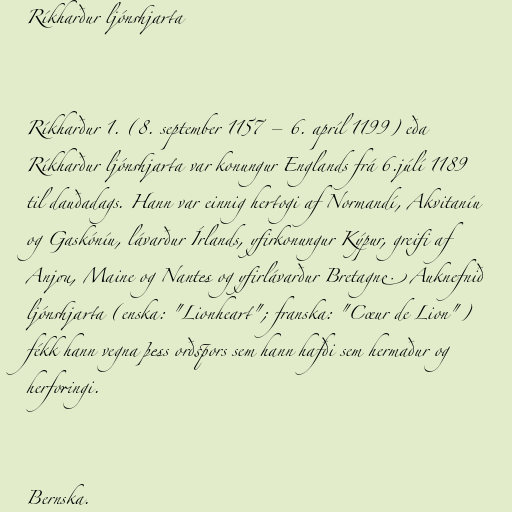
Ríkharður ljónshjarta

Ríkharður 1. (8. september 1157 – 6. apríl 1199) eða
Ríkharður ljónshjarta var konungur Englands frá 6.júlí 1189
til dauðadags. Hann var einnig hertogi af Normandí, Akvitaníu
og Gaskóníu, lávarður Írlands, yfirkonungur Kýpur, greifi af
Anjou, Maine og Nantes og yfirlávarður Bretagne. Auknefnið
ljónshjarta (enska: "Lionheart"; franska: "Cœur de Lion")
fékk hann vegna þess orðspors sem hann hafði sem hermaður og
herforingi.

Bernska.